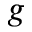
g